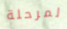
لمرحلة